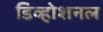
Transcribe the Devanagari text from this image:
डिव्होशनल